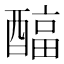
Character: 𲆹